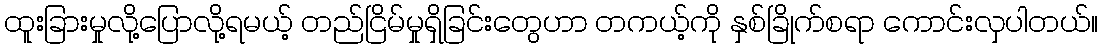
ထူးခြားမှုလို့ပြောလို့ရမယ့် တည်ငြိမ်မှုရှိခြင်းတွေဟာ တကယ့်ကို နှစ်ခြိုက်စရာ ကောင်းလှပါတယ်။